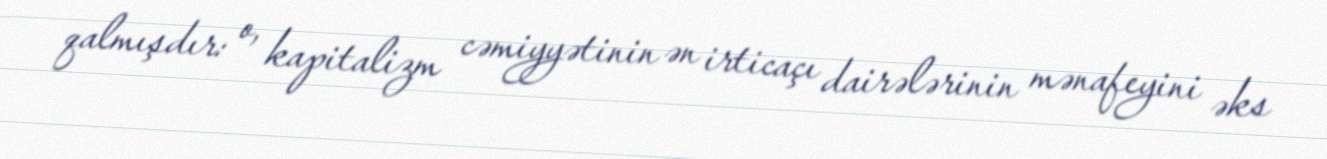
qalmışdır: o, kapitalizm cəmiyyətinin ən irticaçı dairələrinin mənafeyini əks